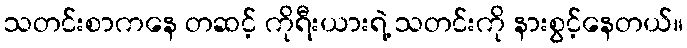
သတင်းစာကနေ တဆင့် ကိုရီးယားရဲ့ သတင်းကို နားစွင့်နေတယ်။